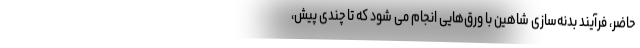
حاضر، فرآیند بدنه‌سازی شاهین با ورق‌هایی انجام می شود که تا چندی پیش،